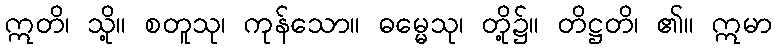
ဣတိ၊ သို့။ စတူသု၊ ကုန်သော။ ဓမ္မေသု၊ တို့၌။ တိဋ္ဌတိ၊ ၏။ ဣမာ